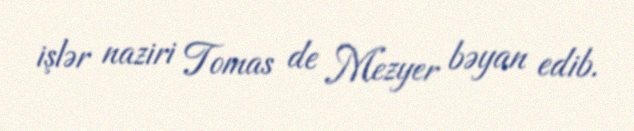
işlər naziri Tomas de Mezyer bəyan edib.